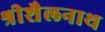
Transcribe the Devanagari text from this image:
श्रीशैलनाथ